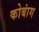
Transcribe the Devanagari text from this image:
कोबांग